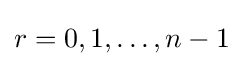
r=0,1,\ldots ,n-1